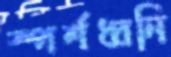
স্পর্শধ্বনি